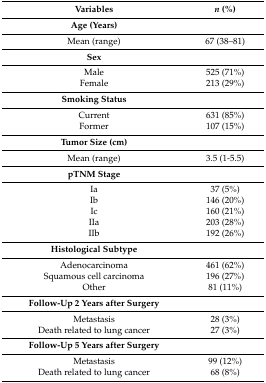
| Variables | n (%) |
 | --- | --- |
 | Age (Years) |  |
 | Mean (range) | 67 (38–81) |
 | Sex |  |
 | Male | 525 (71%) |
 | Female | 213 (29%) |
 | Smoking Status |  |
 | Current | 631 (85%) |
 | Former | 107 (15%) |
 | Tumor Size (cm) |  |
 | Mean (range) | 3.5 (1-5.5) |
 | pTNM Stage |  |
 | Ia | 37 (5%) |
 | Ib | 146 (20%) |
 | Ic | 160 (21%) |
 | IIa | 203 (28%) |
 | IIb | 192 (26%) |
 | Histological Subtype |  |
 | Adenocarcinoma | 461 (62%) |
 | Squamous cell carcinoma | 196 (27%) |
 | Other | 81 (11%) |
 | Follow-Up 2 Years after Surgery |  |
 | Metastasis | 28 (3%) |
 | Death related to lung cancer | 27 (3%) |
 | Follow-Up 5 Years after Surgery |  |
 | Metastasis | 99 (12%) |
 | Death related to lung cancer | 68 (8%) |